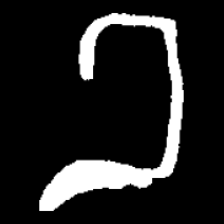
Pyu character \u2014 Myanmar letter: ခ (romanized: kha)